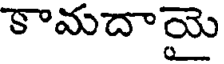
కామదాయై